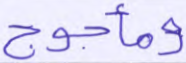
ومأجوج